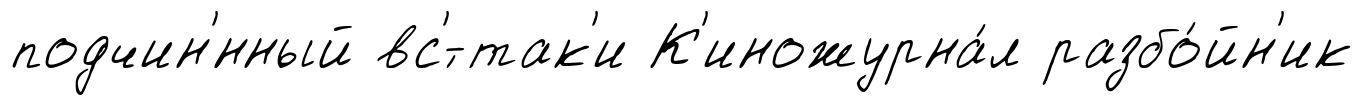
подчин'́нный вс'́-так'и К'иножурна́л разбо́йн'ик